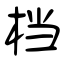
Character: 档